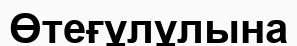
Өтеғұлұлына